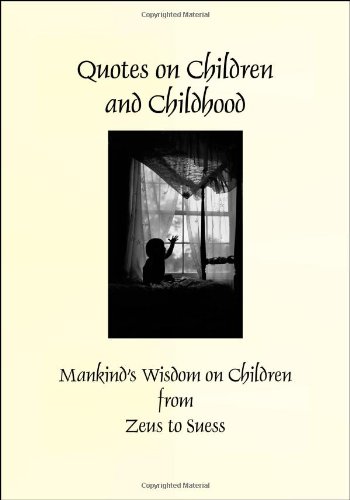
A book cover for Quotes on Children and Childhood (Hardcover) (Greatest Quotes Series); Patty Crowe; Reference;